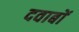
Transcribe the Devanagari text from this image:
दवाबों